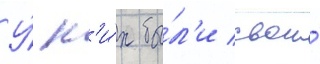
У́ н'и́х бы́л'и свои́